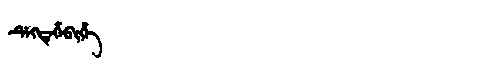
Manchu: ᡩᡝᡴᡩᡝᡥᡝᠪᡳᡥᡝ
Romanization: DEKDEHEBIHE